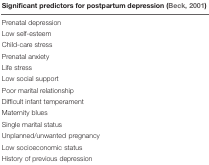
<table><thead><tr><td><b>Significant predictors for postpartum depression (Beck, 2001)</b></td></tr></thead><tbody><tr><td>Prenatal depression</td></tr><tr><td>Low self-esteem</td></tr><tr><td>Child-care stress</td></tr><tr><td>Prenatal anxiety</td></tr><tr><td>Life stress</td></tr><tr><td>Low social support</td></tr><tr><td>Poor marital relationship</td></tr><tr><td>Difficult infant temperament</td></tr><tr><td>Maternity blues</td></tr><tr><td>Single marital status</td></tr><tr><td>Unplanned/unwanted pregnancy</td></tr><tr><td>Low socioeconomic status</td></tr><tr><td>History of previous depression</td></tr></tbody></table>